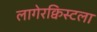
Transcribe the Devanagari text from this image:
लागेरक्विस्टला